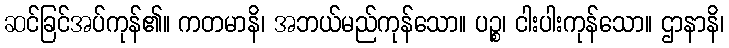
ဆင်ခြင်အပ်ကုန်၏။ ကတမာနိ၊ အဘယ်မည်ကုန်သော။ ပဉ္စ၊ ငါးပါးကုန်သော။ ဌာနာနိ၊